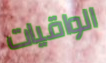
الواقيات